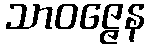
သာဝဇ္ဇေန